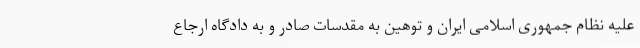
علیه نظام جمهوری اسلامی ایران و توهین به مقدسات صادر و به دادگاه ارجاع